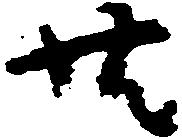
共